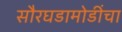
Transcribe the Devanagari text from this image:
सौरघडामोडींचा